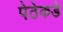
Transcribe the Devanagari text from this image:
पेठेकडे